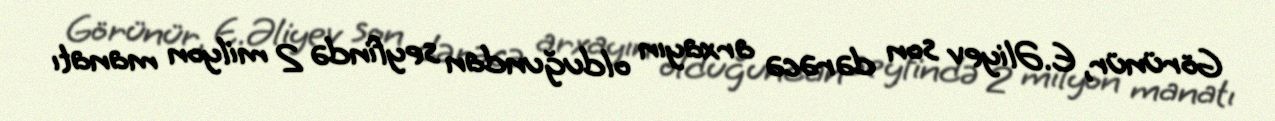
Görünür, E.Əliyev son dərəcə arxayın olduğundan seyfində 2 milyon manatı